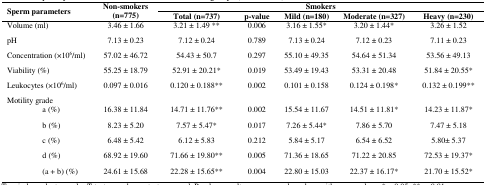
<table><thead><tr><td rowspan="2" colspan="2"><b>Sperm parameters</b></td><td rowspan="2"><b>Non-smokers(n=775)</b></td><td colspan="5"><b>Smokers</b></td></tr><tr><td><b>Total (n=737)</b></td><td><b>p-value</b></td><td><b>Mild (n=180)</b></td><td><b>Moderate (n=327)</b></td><td><b>Heavy (n=230)</b></td></tr></thead><tbody><tr><td colspan="2">Volume (ml)</td><td>3.46 ± 1.66</td><td>3.21 ± 1.49 **</td><td>0.006</td><td>3.16 ± 1.55*</td><td>3.20 ± 1.44*</td><td>3.26 ± 1.52</td></tr><tr><td colspan="2">pH</td><td>7.13 ± 0.23</td><td>7.12 ± 0.24</td><td>0.789</td><td>7.13 ± 0.24</td><td>7.12 ± 0.23</td><td>7.11 ± 0.23</td></tr><tr><td colspan="2">Concentration (×10<sup>6</sup>/ml)</td><td>57.02 ± 46.72</td><td>54.43 ± 50.7</td><td>0.297</td><td>55.10 ± 49.35</td><td>54.64 ± 51.34</td><td>53.56 ± 49.13</td></tr><tr><td colspan="2">Viability (%)</td><td>55.25 ± 18.79</td><td>52.91 ± 20.21*</td><td>0.019</td><td>53.49 ± 19.43</td><td>53.31 ± 20.48</td><td>51.84 ± 20.55*</td></tr><tr><td colspan="2">Leukocytes (×10<sup>6</sup>/ml)</td><td>0.097 ± 0.016</td><td>0.120 ± 0.188**</td><td>0.002</td><td>0.101 ± 0.158</td><td>0.124 ± 0.198*</td><td>0.132 ± 0.199**</td></tr><tr><td colspan="7">Motility grade</td><td></td></tr><tr><td rowspan="5"></td><td>a (%)</td><td>16.38 ± 11.84</td><td>14.71 ± 11.76**</td><td>0.002</td><td>15.54 ± 11.67</td><td>14.51 ± 11.81*</td><td>14.23 ± 11.87*</td></tr><tr><td>b (%)</td><td>8.23 ± 5.20</td><td>7.57 ± 5.47*</td><td>0.017</td><td>7.26 ± 5.44*</td><td>7.86 ± 5.70</td><td>7.47 ± 5.18</td></tr><tr><td>c (%)</td><td>6.48 ± 5.42</td><td>6.12 ± 5.83</td><td>0.212</td><td>5.84 ± 5.17</td><td>6.54 ± 6.52</td><td>5.80± 5.37</td></tr><tr><td>d (%)</td><td>68.92 ± 19.60</td><td>71.66 ± 19.80**</td><td>0.005</td><td>71.36 ± 18.65</td><td>71.22 ± 20.85</td><td>72.53 ± 19.37*</td></tr><tr><td>(a + b) (%)</td><td>24.61 ± 15.68</td><td>22.28 ± 15.65**</td><td>0.004</td><td>22.80 ± 15.03</td><td>22.37 ± 16.17*</td><td>21.70 ± 15.52*</td></tr></tbody></table>